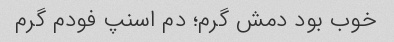
خوب بود دمش گرم؛ دم اسنپ فودم گرم